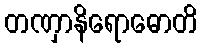
တဏှာနိရောဓောတိ